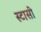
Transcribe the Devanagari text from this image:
स्टासी